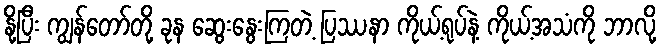
နို့ပြီး ကျွန်တော်တို့ ခုန ဆွေးနွေးကြတဲ့ ပြဿနာ ကိုယ့်ရုပ်နဲ့ ကိုယ့်အသံကို ဘာလို့